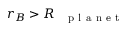
r _ { B } > R _ { \mathrm { ~ \textbf ~ { ~ p ~ l ~ a ~ n ~ e ~ t ~ } ~ } }